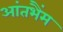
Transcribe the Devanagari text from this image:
आंतभैंम